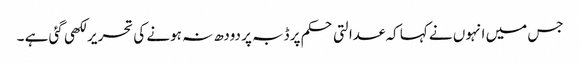
جس میں انہوں نے کہا کہ عدالتی حکم پر ڈبہ پر دودھ نہ ہونے کی تحریر لکھی گئی ہے ۔